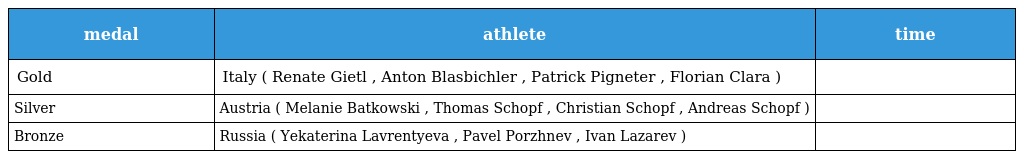
| medal | athlete | time |
 | --- | --- | --- |
 | Gold | Italy ( Renate Gietl , Anton Blasbichler , Patrick Pigneter , Florian Clara ) |  |
 | Silver | Austria ( Melanie Batkowski , Thomas Schopf , Christian Schopf , Andreas Schopf ) |  |
 | Bronze | Russia ( Yekaterina Lavrentyeva , Pavel Porzhnev , Ivan Lazarev ) |  |